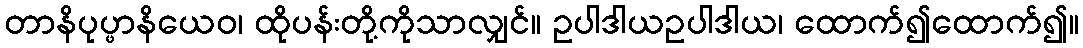
တာနိပုပ္ဖာနိယေဝ၊ ထိုပန်းတို့ကိုသာလျှင်။ ဥပါဒါယဥပါဒါယ၊ ထောက်၍ထောက်၍။